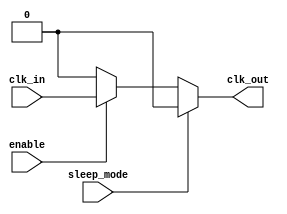
module low_power_clock_buffer (
    input wire clk_in,        // Input clock signal
    input wire enable,        // Enable signal for the buffer
    input wire sleep_mode,    // Sleep mode signal
    output reg clk_out        // Buffered clock signal
);
    
    // Buffer stages (for simplicity, using inverters as buffers)
    wire buf1, buf2;

    // First stage buffer
    assign buf1 = clk_in; // Pass-through for now (can be replaced with inverter)
    
    // Second stage buffer
    assign buf2 = buf1; // Pass-through for now (can be replaced with inverter)

    // Clock gating mechanism
    always @(*) begin
        if (sleep_mode) begin
            clk_out = 1'b0; // In sleep mode, output is low
        end else if (enable) begin
            clk_out = buf2; // Output the buffered clock
        end else begin
            clk_out = 1'b0; // If not enabled, output is low
        end
    end

endmodule